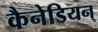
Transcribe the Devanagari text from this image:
कैनेडियन्